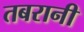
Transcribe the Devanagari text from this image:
तबरानी